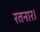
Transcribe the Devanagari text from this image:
रतनार।